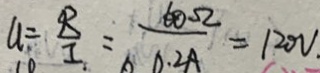
u = \frac { R } { I } = \frac { 6 0 \Omega } { 0 . 2 A } = 1 2 0 V